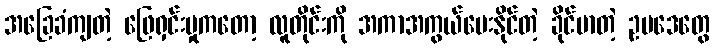
အခြေခံကျတဲ့ ဖြေရှင်းမှုကတော့ လူတိုင်းကို အကာအကွယ်ပေးနိုင်တဲ့ ခိုင်မာတဲ့ ဥပဒေတွေ